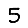
Digit: 5